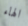
الهاء